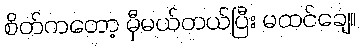
စိတ်ကတော့ မှီမယ်တယ်ပြီး မထင်ချေ။